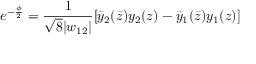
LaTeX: e ^ { - \frac { \phi } { 2 } } = \frac { 1 } { \sqrt { 8 } | w _ { 1 2 } | } [ \bar { y } _ { 2 } ( \bar { z } ) y _ { 2 } ( z ) - \bar { y } _ { 1 } ( \bar { z } ) y _ { 1 } ( z ) ]